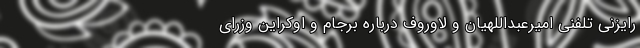
رایزنی تلفنی امیرعبداللهیان و لاوروف درباره برجام و اوکراین وزرای